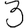
Digit: 3